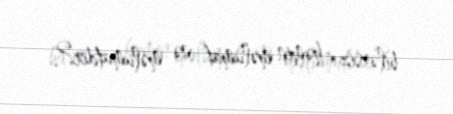
bilərsiz, həmin məlumat nə məlumatdır?.